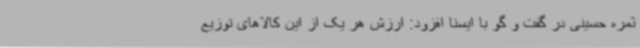
ثمره حسینی در گفت و گو با ایسنا افزود: ارزش هر یک از این کالاهای توزیع